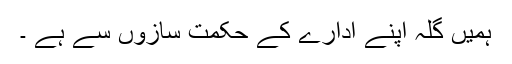
ہمیں گلہ اپنے ادارے کے حکمت سازوں سے ہے ۔